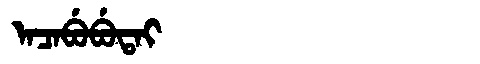
Manchu: ᠠᠴᠠᠪᡠᠪᡠᡨᠠᡳ
Romanization: ACABUBUTAI